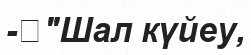
-	"Шал күйеу,